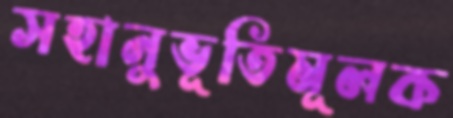
সহানুভূতিমূলক